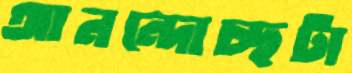
আনন্দোচ্ছটা